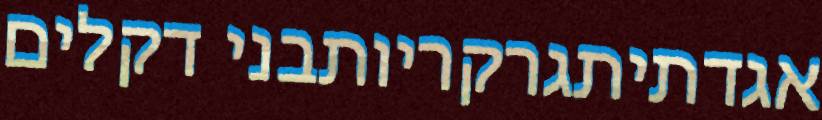
אגדתיתגרקריותבני דקלים